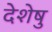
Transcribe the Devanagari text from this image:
देशेषु